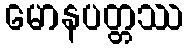
မောနပတ္တဿ